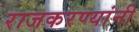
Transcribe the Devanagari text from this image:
राजकरण्यांनी